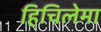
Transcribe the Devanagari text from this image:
हिचिलेमा